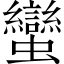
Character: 蠻